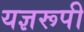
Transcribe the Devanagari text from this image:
यज्ञरूपी